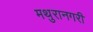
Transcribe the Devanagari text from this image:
मथुरानगरी